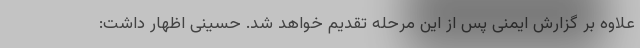
علاوه بر گزارش ایمنی پس از این مرحله تقدیم خواهد شد. حسینی اظهار داشت: